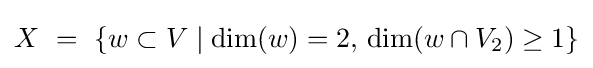
X\ =\ \{w\subset V\mid \dim(w)=2,\,\dim(w\cap V_{2})\geq 1\}